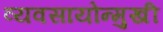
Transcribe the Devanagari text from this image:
व्यवसायोन्मुखी